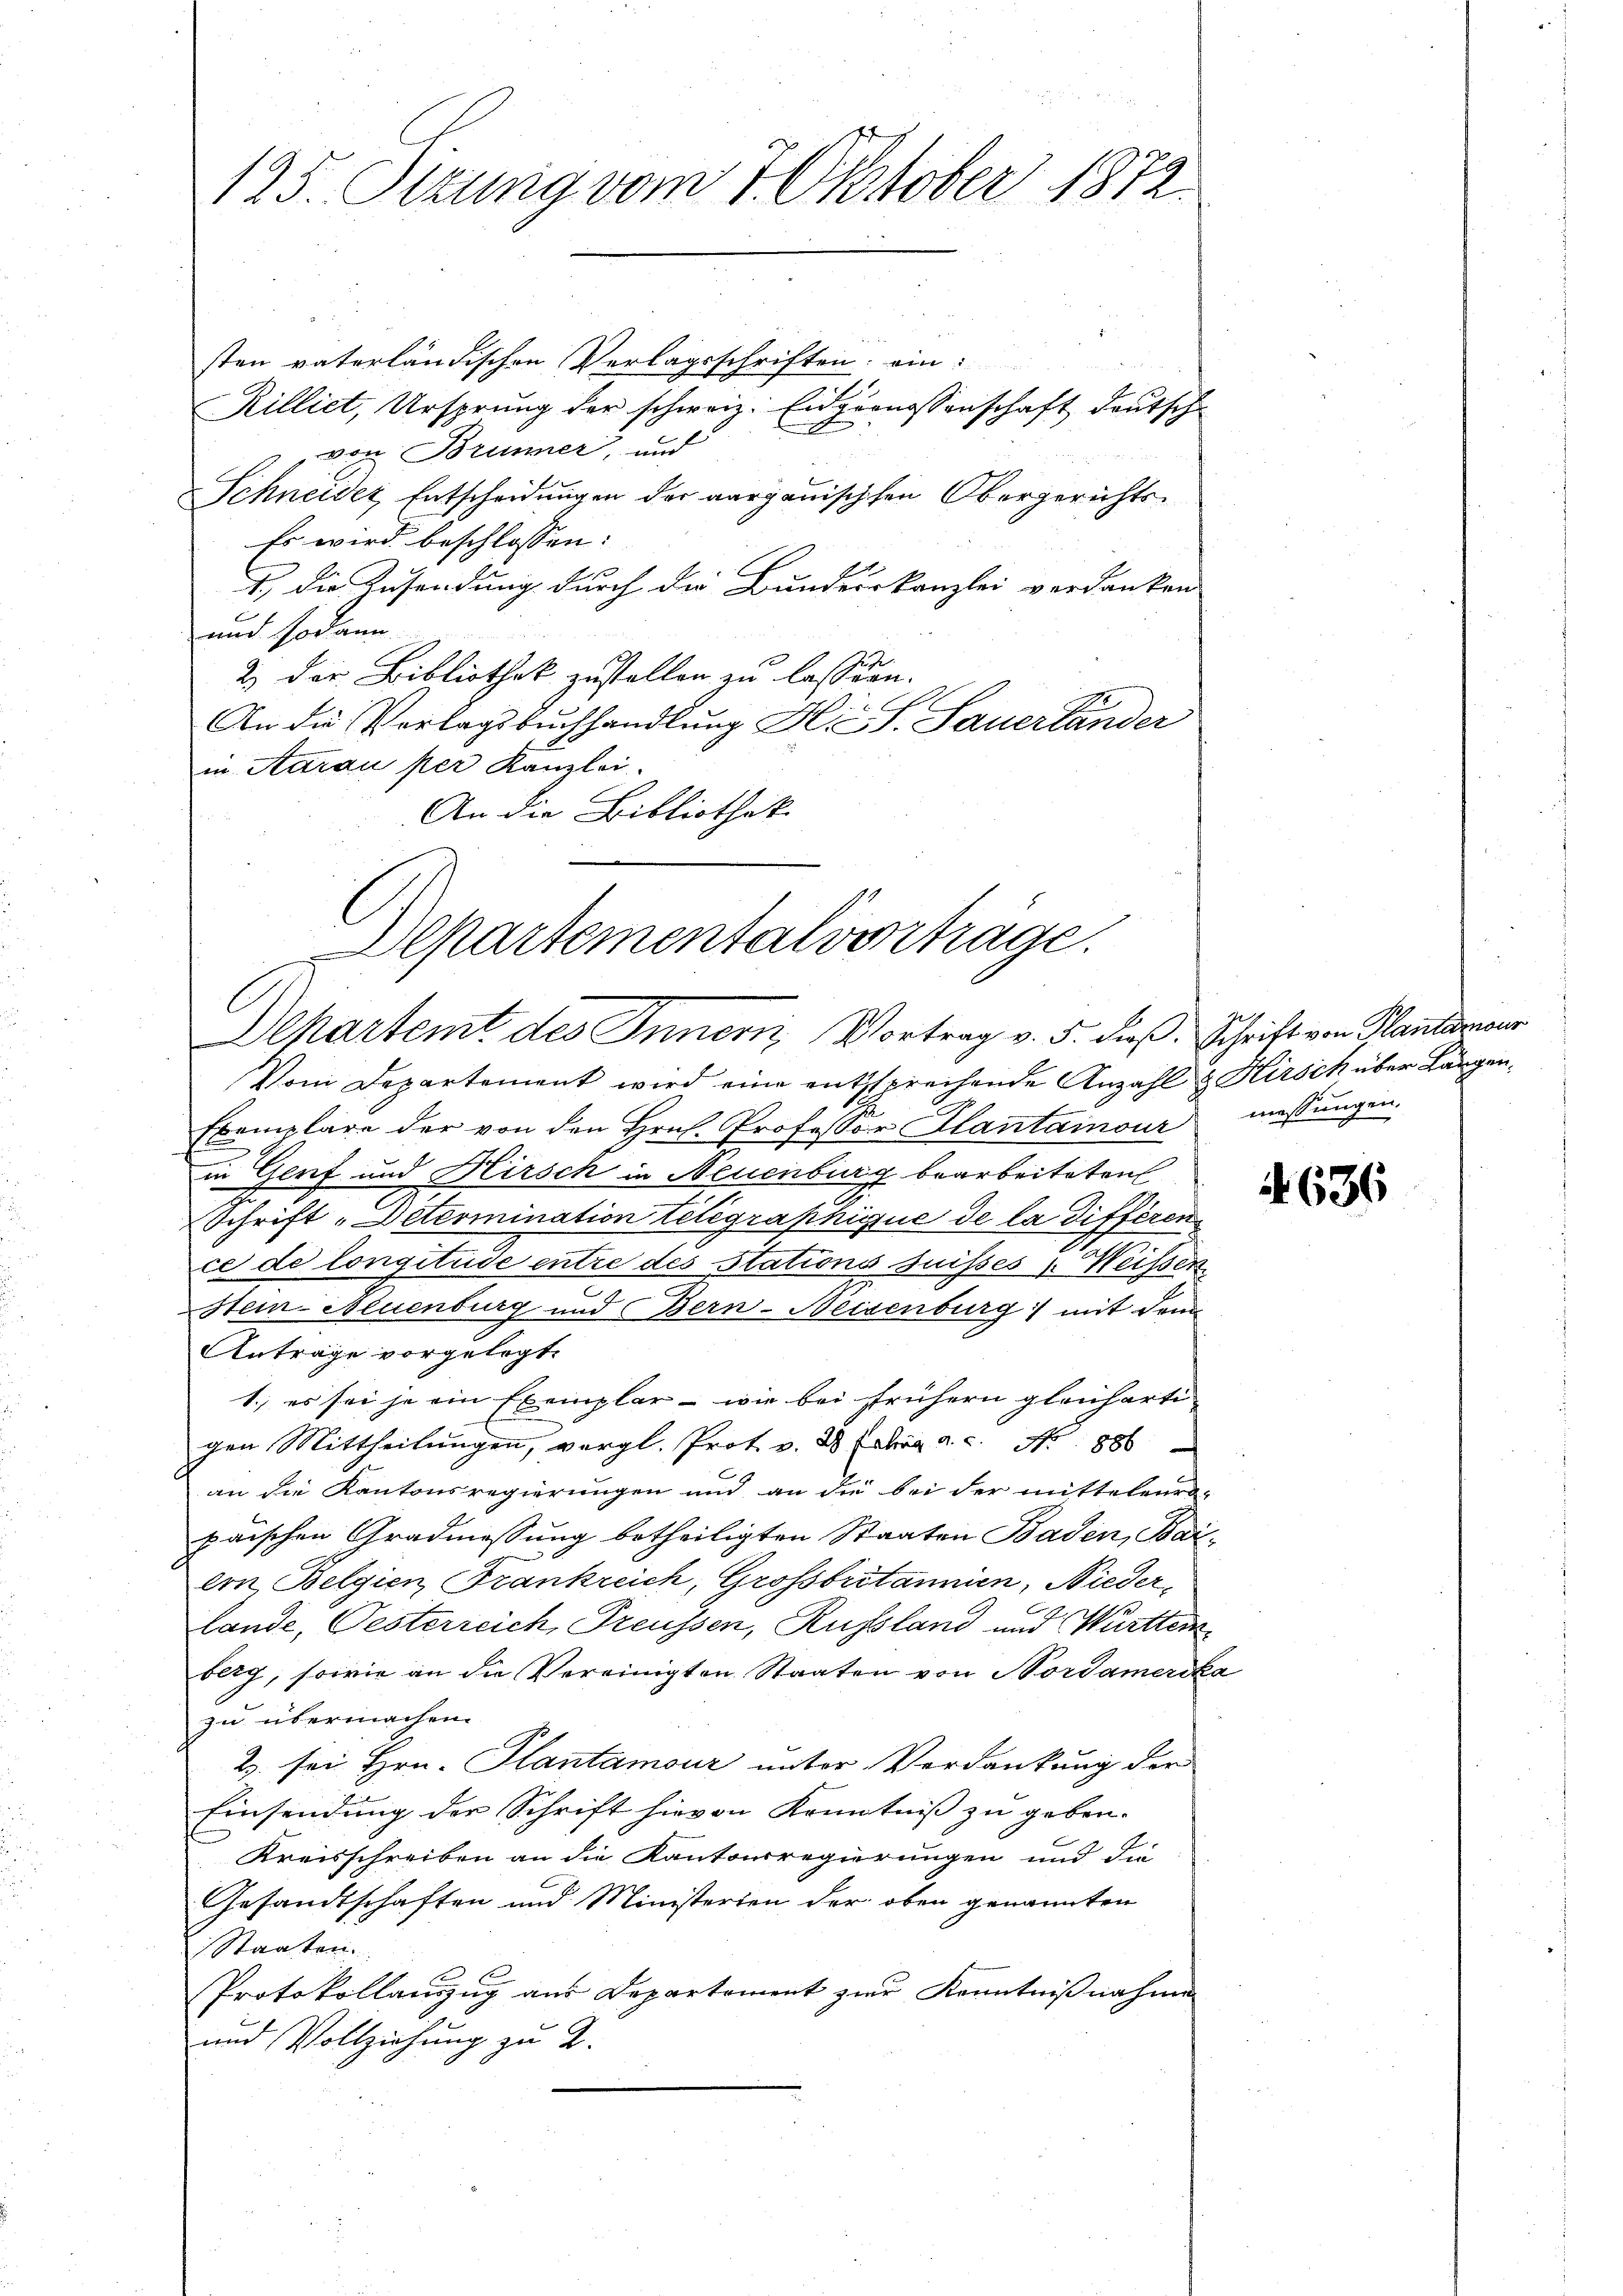
125. Sizung vom 7. Oktober 1872.

sten vaterländischen Verlagsschriften ein:
Rillict, Ursprung der schweiz. Eidgenossenschaft deutsch
von Brunner, und
Schneider Entscheidungen der aargauischen Obergerichts¬
Es wird beschlossen:
1.) Die Zusendung durch die Bundeskanzlei verdanken
und sodann
2) das Bibliothek zustellen zu lassen.
An die Vorlagsbuchhandlung Hr. S. Sauerländer
in Aarau per Kanzlei-
An die Bibliothek
Vom Departement wird eine entsprechende Anzahl & Hirsch über Langen¬
Exemplare der von den Hrn. Professor Hantainour messungen.
in Genf und Hirsch in Neuenburg bearbeiteten
Schrift-Determination telegraphique de la différen
ce de longitude entre des Stations suisses 1. Weissen
Stein Neuenburg und Bern-Neisenburg mit dem
Anträge vorgelegt.
1.) es sei je ein Exemplar - wie bei frühern gleicharti
gen Mittheilungen, vergl. Prot. v. 28 Jahre a. c. No 88
an die Kantonsregierungen und an die bei der mittelver-
paischen Gradmessung betheiligten Staaten Baden, Baiern Belgien, Frankreich, Grossbritannien, Niederlande, Oesterreich, Preussen, Russland und Württemberg, sowie an die Vereinigten Staaten von Nordamerika
zu übermachen.
2 sei Hrn. Plantamour unter Verdankung der
Einsendung der Schrift hievon Kenntniß zu geben.
Kreisschreiben an die Kantonsregierungen und die
Gesandtschaften und Ministerien der oben genannten
Staaten.
Protokollauszug aus Departement zur Kenntnißnahme
und Vollziehung zu 2.

Departementalverträge.
Departemt des Innern, Vortrag v. 5. dieß. Schrift von Planteron

636